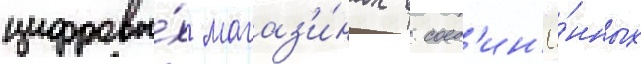
цифровы́х магаз'и́нах в соед'ин'ё́нных